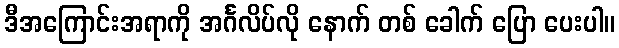
ဒီအကြောင်းအရာကို အင်္ဂလိပ်လို နောက် တစ် ခေါက် ပြော ပေးပါ။